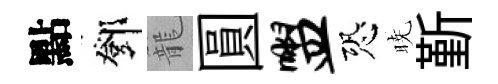
點鄧籠圓盥恐暁斳